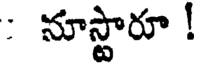
: నూస్టారూ !